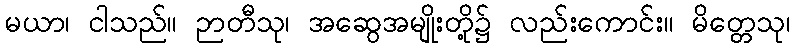
မယာ၊ ငါသည်။ ဉာတီသု၊ အဆွေအမျိုးတို့၌ လည်းကောင်း။ မိတ္တေသု၊